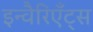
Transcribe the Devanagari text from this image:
इन्वैरिएँट्स